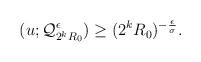
LaTeX: \begin{align*} \begin{aligned} (u;\mathcal{Q}_{2^kR_0}^{\epsilon})\geq (2^k R_0)^{-\frac{\epsilon}{\sigma}}. \end{aligned} \end{align*}